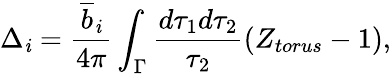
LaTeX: \Delta_{\mathit{i}}=\frac{{\overline{{{{b}}}}_{\mathit{i}}}}{{4\pi}}\int_{\Gamma}\frac{{d\tau_{1}d\tau_{2}}}{{\tau_{2}}}\left(Z_{torus}-1\right),